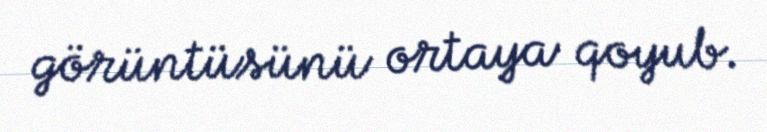
görüntüsünü ortaya qoyub.